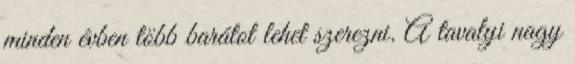
minden évben több barátot lehet szerezni. A tavalyi nagy